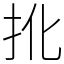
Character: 𢪎